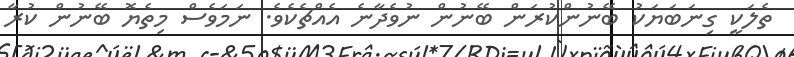
ތެލަކީ ގިނަބަޔަކު ބޭނުންކުރަން ބޭނުން ނުވެދާނެ އެއްޗެކެވެ. ނަމަވެސް މިތެޔޮ ބޭނުން ކުރާ